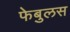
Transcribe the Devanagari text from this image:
फेबुलस